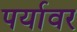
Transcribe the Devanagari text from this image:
पर्यावर